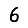
Digit: 6